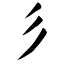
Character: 彡